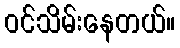
ဝင်သိမ်းနေတယ်။